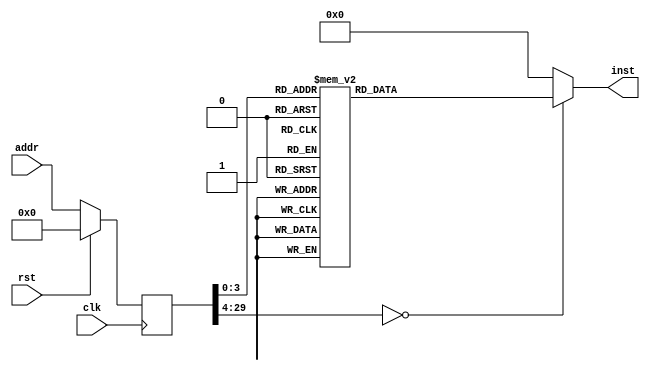
module icache(input clk, input rst, input [29:0] addr, output reg [31:0] inst);
reg [29:0] addr_r;
always @(posedge clk)
begin
addr_r <= (rst) ? (30'b0) : (addr);
end
always @(*)
begin
case(addr_r)
30'h00000000: inst = 32'h37050020;
30'h00000001: inst = 32'hb7050010;
30'h00000002: inst = 32'h370a0002;
30'h00000003: inst = 32'h130a3a09;
30'h00000004: inst = 32'hb79a1000;
30'h00000005: inst = 32'h938a3a09;
30'h00000006: inst = 32'h23204501;
30'h00000007: inst = 32'h23225501;
30'h00000008: inst = 32'h83220500;
30'h00000009: inst = 32'h03230500;
30'h0000000a: inst = 32'h33000000;
30'h0000000b: inst = 32'h33000000;
30'h0000000c: inst = 32'h33000000;
30'h0000000d: inst = 32'he7800500;
default:      inst = 32'h00000000;
endcase
end
endmodule